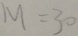
M = 3 0